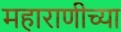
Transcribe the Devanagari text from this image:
महाराणीच्या